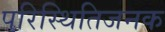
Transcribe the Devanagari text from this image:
परिस्थितिजनक